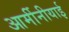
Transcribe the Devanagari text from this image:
आर्मीनीयाई